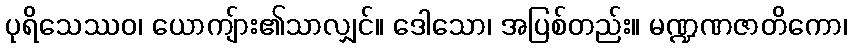
ပုရိသေဿဝ၊ ယောကျ်ား၏သာလျှင်။ ဒေါသော၊ အပြစ်တည်း။ မဏ္ဍဏဇာတိကော၊